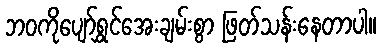
ဘဝကိုပျော်ရွှင်အေးချမ်းစွာ ဖြတ်သန်းနေတာပါ။